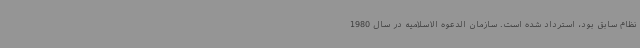
نظام سابق بود، استرداد شده است. سازمان الدعوه الاسلامیه در سال 1980